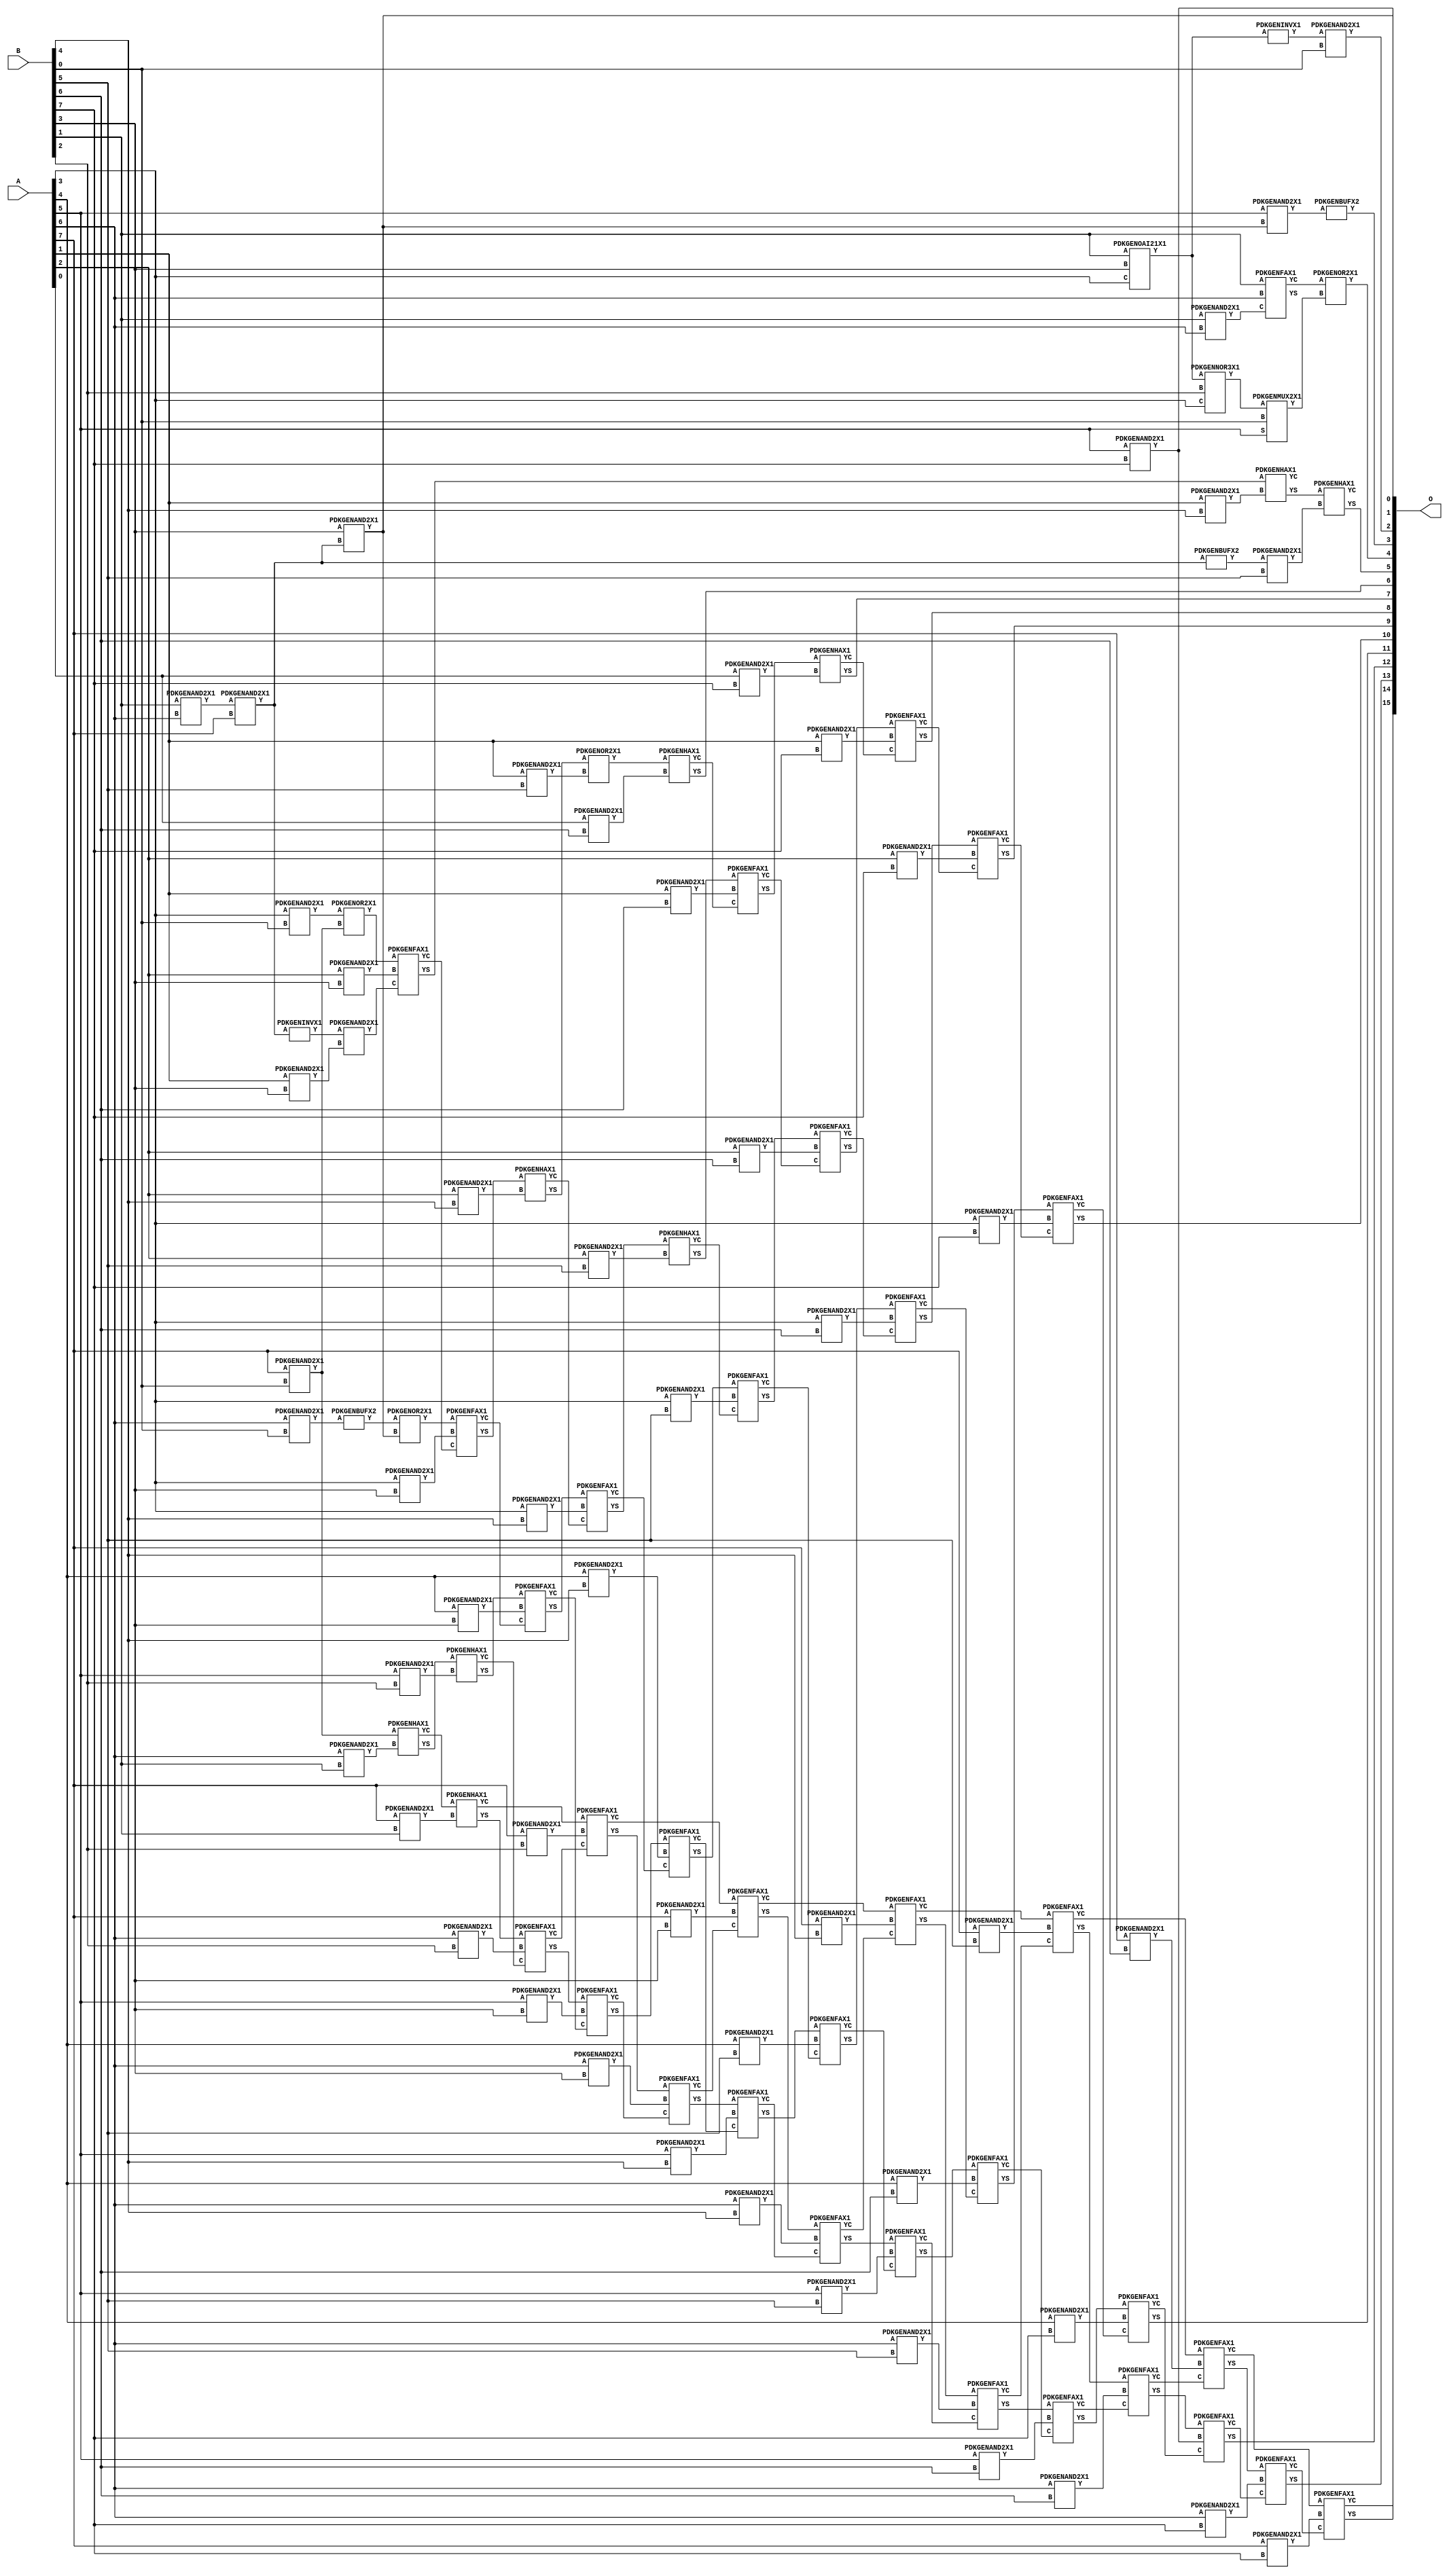
// Library = EvoApprox8b
// Circuit = mul8_170
// Area   (180) = 6743
// Delay  (180) = 4.050
// Power  (180) = 3266.40
// Area   (45) = 489
// Delay  (45) = 1.510
// Power  (45) = 283.50
// Nodes = 107
// HD = 266545
// MAE = 84.28088
// MSE = 12092.25000
// MRE = 2.50 %
// WCE = 437
// WCRE = 300 %
// EP = 95.0 %

module mul8_170(A, B, O);
  input [7:0] A;
  input [7:0] B;
  output [15:0] O;
  wire [2031:0] N;

  assign N[0] = A[0];
  assign N[1] = A[0];
  assign N[2] = A[1];
  assign N[3] = A[1];
  assign N[4] = A[2];
  assign N[5] = A[2];
  assign N[6] = A[3];
  assign N[7] = A[3];
  assign N[8] = A[4];
  assign N[9] = A[4];
  assign N[10] = A[5];
  assign N[11] = A[5];
  assign N[12] = A[6];
  assign N[13] = A[6];
  assign N[14] = A[7];
  assign N[15] = A[7];
  assign N[16] = B[0];
  assign N[17] = B[0];
  assign N[18] = B[1];
  assign N[19] = B[1];
  assign N[20] = B[2];
  assign N[21] = B[2];
  assign N[22] = B[3];
  assign N[23] = B[3];
  assign N[24] = B[4];
  assign N[25] = B[4];
  assign N[26] = B[5];
  assign N[27] = B[5];
  assign N[28] = B[6];
  assign N[29] = B[6];
  assign N[30] = B[7];
  assign N[31] = B[7];

  PDKGENAND2X1 n40(.A(N[18]), .B(N[12]), .Y(N[40]));
  assign N[41] = N[40];
  PDKGENOAI21X1 n44(.A(N[18]), .B(N[22]), .C(N[6]), .Y(N[44]));
  assign N[45] = N[44];
  PDKGENNOR3X1 n46(.A(N[45]), .B(N[20]), .C(N[6]), .Y(N[46]));
  assign N[47] = N[46];
  PDKGENAND2X1 n48(.A(N[18]), .B(N[12]), .Y(N[48]));
  PDKGENAND2X1 n62(.A(N[6]), .B(N[16]), .Y(N[62]));
  assign N[63] = N[62];
  PDKGENAND2X1 n64(.A(N[41]), .B(N[14]), .Y(N[64]));
  assign N[65] = N[64];
  PDKGENINVX1 n66(.A(N[45]), .Y(N[66]));
  assign N[67] = N[66];
  PDKGENFAX1 n72(.A(N[18]), .B(N[12]), .C(N[48]), .YS(N[72]), .YC(N[73]));
  PDKGENAND2X1 n82(.A(N[67]), .B(N[16]), .Y(N[82]));
  assign N[83] = N[82];
  PDKGENMUX2X1 n114(.A(N[47]), .B(N[16]), .S(N[10]), .Y(N[114]));
  PDKGENAND2X1 n132(.A(N[12]), .B(N[16]), .Y(N[132]));
  PDKGENAND2X1 n148(.A(N[14]), .B(N[16]), .Y(N[148]));
  PDKGENAND2X1 n182(.A(N[22]), .B(N[64]), .Y(N[182]));
  PDKGENBUFX2 n200(.A(N[65]), .Y(N[200]));
  assign N[201] = N[200];
  PDKGENOR2X1 n220(.A(N[73]), .B(N[114]), .Y(N[220]));
  assign N[221] = N[220];
  PDKGENAND2X1 n248(.A(N[10]), .B(N[182]), .Y(N[248]));
  assign N[249] = N[248];
  PDKGENAND2X1 n264(.A(N[12]), .B(N[18]), .Y(N[264]));
  PDKGENAND2X1 n282(.A(N[14]), .B(N[18]), .Y(N[282]));
  PDKGENBUFX2 n382(.A(N[132]), .Y(N[382]));
  PDKGENHAX1 n398(.A(N[148]), .B(N[264]), .YS(N[398]), .YC(N[399]));
  PDKGENHAX1 n414(.A(N[399]), .B(N[282]), .YS(N[414]), .YC(N[415]));
  PDKGENAND2X1 n514(.A(N[10]), .B(N[20]), .Y(N[514]));
  PDKGENAND2X1 n532(.A(N[12]), .B(N[20]), .Y(N[532]));
  PDKGENAND2X1 n548(.A(N[14]), .B(N[20]), .Y(N[548]));
  PDKGENOR2X1 n614(.A(N[63]), .B(N[148]), .Y(N[614]));
  PDKGENOR2X1 n632(.A(N[382]), .B(N[182]), .Y(N[632]));
  PDKGENHAX1 n648(.A(N[398]), .B(N[514]), .YS(N[648]), .YC(N[649]));
  PDKGENFAX1 n664(.A(N[414]), .B(N[532]), .C(N[649]), .YS(N[664]), .YC(N[665]));
  PDKGENFAX1 n682(.A(N[415]), .B(N[548]), .C(N[665]), .YS(N[682]), .YC(N[683]));
  PDKGENAND2X1 n714(.A(N[2]), .B(N[22]), .Y(N[714]));
  PDKGENAND2X1 n732(.A(N[4]), .B(N[22]), .Y(N[732]));
  PDKGENAND2X1 n748(.A(N[6]), .B(N[22]), .Y(N[748]));
  PDKGENAND2X1 n764(.A(N[8]), .B(N[22]), .Y(N[764]));
  PDKGENINVX1 n776(.A(N[65]), .Y(N[776]));
  assign N[777] = N[776];
  PDKGENAND2X1 n782(.A(N[10]), .B(N[22]), .Y(N[782]));
  PDKGENAND2X1 n798(.A(N[12]), .B(N[22]), .Y(N[798]));
  PDKGENAND2X1 n814(.A(N[14]), .B(N[22]), .Y(N[814]));
  PDKGENBUFX2 n832(.A(N[249]), .Y(N[832]));
  PDKGENAND2X1 n848(.A(N[777]), .B(N[714]), .Y(N[848]));
  assign N[849] = N[848];
  PDKGENFAX1 n864(.A(N[614]), .B(N[732]), .C(N[849]), .YS(N[864]), .YC(N[865]));
  PDKGENFAX1 n882(.A(N[632]), .B(N[748]), .C(N[865]), .YS(N[882]), .YC(N[883]));
  PDKGENFAX1 n898(.A(N[648]), .B(N[764]), .C(N[883]), .YS(N[898]), .YC(N[899]));
  PDKGENFAX1 n914(.A(N[664]), .B(N[782]), .C(N[899]), .YS(N[914]), .YC(N[915]));
  PDKGENFAX1 n932(.A(N[682]), .B(N[798]), .C(N[915]), .YS(N[932]), .YC(N[933]));
  PDKGENFAX1 n948(.A(N[683]), .B(N[814]), .C(N[933]), .YS(N[948]), .YC(N[949]));
  PDKGENAND2X1 n982(.A(N[2]), .B(N[24]), .Y(N[982]));
  PDKGENAND2X1 n998(.A(N[4]), .B(N[24]), .Y(N[998]));
  PDKGENAND2X1 n1014(.A(N[6]), .B(N[24]), .Y(N[1014]));
  PDKGENAND2X1 n1032(.A(N[8]), .B(N[24]), .Y(N[1032]));
  PDKGENAND2X1 n1048(.A(N[10]), .B(N[24]), .Y(N[1048]));
  PDKGENAND2X1 n1064(.A(N[12]), .B(N[24]), .Y(N[1064]));
  PDKGENAND2X1 n1082(.A(N[14]), .B(N[24]), .Y(N[1082]));
  PDKGENHAX1 n1114(.A(N[864]), .B(N[982]), .YS(N[1114]), .YC(N[1115]));
  PDKGENHAX1 n1132(.A(N[882]), .B(N[998]), .YS(N[1132]), .YC(N[1133]));
  PDKGENFAX1 n1148(.A(N[898]), .B(N[1014]), .C(N[1133]), .YS(N[1148]), .YC(N[1149]));
  PDKGENFAX1 n1164(.A(N[914]), .B(N[1032]), .C(N[1149]), .YS(N[1164]), .YC(N[1165]));
  PDKGENFAX1 n1182(.A(N[932]), .B(N[1048]), .C(N[1165]), .YS(N[1182]), .YC(N[1183]));
  PDKGENFAX1 n1198(.A(N[948]), .B(N[1064]), .C(N[1183]), .YS(N[1198]), .YC(N[1199]));
  PDKGENFAX1 n1214(.A(N[949]), .B(N[1082]), .C(N[1199]), .YS(N[1214]), .YC(N[1215]));
  PDKGENAND2X1 n1232(.A(N[201]), .B(N[26]), .Y(N[1232]));
  PDKGENAND2X1 n1248(.A(N[2]), .B(N[26]), .Y(N[1248]));
  PDKGENAND2X1 n1264(.A(N[4]), .B(N[26]), .Y(N[1264]));
  PDKGENAND2X1 n1282(.A(N[6]), .B(N[26]), .Y(N[1282]));
  PDKGENAND2X1 n1298(.A(N[8]), .B(N[26]), .Y(N[1298]));
  PDKGENAND2X1 n1314(.A(N[10]), .B(N[26]), .Y(N[1314]));
  PDKGENAND2X1 n1332(.A(N[12]), .B(N[26]), .Y(N[1332]));
  PDKGENAND2X1 n1348(.A(N[14]), .B(N[26]), .Y(N[1348]));
  PDKGENHAX1 n1364(.A(N[1114]), .B(N[1232]), .YS(N[1364]), .YC(N[1365]));
  PDKGENOR2X1 n1382(.A(N[1132]), .B(N[1248]), .Y(N[1382]));
  PDKGENHAX1 n1398(.A(N[1148]), .B(N[1264]), .YS(N[1398]), .YC(N[1399]));
  PDKGENFAX1 n1414(.A(N[1164]), .B(N[1282]), .C(N[1399]), .YS(N[1414]), .YC(N[1415]));
  PDKGENFAX1 n1432(.A(N[1182]), .B(N[1298]), .C(N[1415]), .YS(N[1432]), .YC(N[1433]));
  PDKGENFAX1 n1448(.A(N[1198]), .B(N[1314]), .C(N[1433]), .YS(N[1448]), .YC(N[1449]));
  PDKGENFAX1 n1464(.A(N[1214]), .B(N[1332]), .C(N[1449]), .YS(N[1464]), .YC(N[1465]));
  PDKGENFAX1 n1482(.A(N[1215]), .B(N[1348]), .C(N[1465]), .YS(N[1482]), .YC(N[1483]));
  PDKGENAND2X1 n1498(.A(N[0]), .B(N[28]), .Y(N[1498]));
  PDKGENAND2X1 n1514(.A(N[2]), .B(N[28]), .Y(N[1514]));
  PDKGENAND2X1 n1532(.A(N[4]), .B(N[28]), .Y(N[1532]));
  PDKGENAND2X1 n1548(.A(N[6]), .B(N[28]), .Y(N[1548]));
  PDKGENAND2X1 n1564(.A(N[8]), .B(N[28]), .Y(N[1564]));
  PDKGENAND2X1 n1582(.A(N[10]), .B(N[28]), .Y(N[1582]));
  PDKGENAND2X1 n1598(.A(N[12]), .B(N[28]), .Y(N[1598]));
  PDKGENAND2X1 n1614(.A(N[14]), .B(N[28]), .Y(N[1614]));
  PDKGENHAX1 n1632(.A(N[1382]), .B(N[1498]), .YS(N[1632]), .YC(N[1633]));
  PDKGENFAX1 n1648(.A(N[1398]), .B(N[1514]), .C(N[1633]), .YS(N[1648]), .YC(N[1649]));
  PDKGENFAX1 n1664(.A(N[1414]), .B(N[1532]), .C(N[1649]), .YS(N[1664]), .YC(N[1665]));
  PDKGENFAX1 n1682(.A(N[1432]), .B(N[1548]), .C(N[1665]), .YS(N[1682]), .YC(N[1683]));
  PDKGENFAX1 n1698(.A(N[1448]), .B(N[1564]), .C(N[1683]), .YS(N[1698]), .YC(N[1699]));
  PDKGENFAX1 n1714(.A(N[1464]), .B(N[1582]), .C(N[1699]), .YS(N[1714]), .YC(N[1715]));
  PDKGENFAX1 n1732(.A(N[1482]), .B(N[1598]), .C(N[1715]), .YS(N[1732]), .YC(N[1733]));
  PDKGENFAX1 n1748(.A(N[1483]), .B(N[1614]), .C(N[1733]), .YS(N[1748]), .YC(N[1749]));
  PDKGENAND2X1 n1764(.A(N[0]), .B(N[30]), .Y(N[1764]));
  PDKGENAND2X1 n1782(.A(N[2]), .B(N[30]), .Y(N[1782]));
  PDKGENAND2X1 n1798(.A(N[4]), .B(N[30]), .Y(N[1798]));
  PDKGENAND2X1 n1814(.A(N[6]), .B(N[30]), .Y(N[1814]));
  PDKGENAND2X1 n1832(.A(N[8]), .B(N[30]), .Y(N[1832]));
  PDKGENAND2X1 n1848(.A(N[10]), .B(N[30]), .Y(N[1848]));
  assign N[1849] = N[1848];
  PDKGENAND2X1 n1864(.A(N[12]), .B(N[30]), .Y(N[1864]));
  PDKGENAND2X1 n1882(.A(N[14]), .B(N[30]), .Y(N[1882]));
  PDKGENHAX1 n1898(.A(N[1648]), .B(N[1764]), .YS(N[1898]), .YC(N[1899]));
  PDKGENFAX1 n1914(.A(N[1664]), .B(N[1782]), .C(N[1899]), .YS(N[1914]), .YC(N[1915]));
  PDKGENFAX1 n1932(.A(N[1682]), .B(N[1798]), .C(N[1915]), .YS(N[1932]), .YC(N[1933]));
  PDKGENFAX1 n1948(.A(N[1698]), .B(N[1814]), .C(N[1933]), .YS(N[1948]), .YC(N[1949]));
  PDKGENFAX1 n1964(.A(N[1714]), .B(N[1832]), .C(N[1949]), .YS(N[1964]), .YC(N[1965]));
  PDKGENFAX1 n1982(.A(N[1732]), .B(N[1848]), .C(N[1965]), .YS(N[1982]), .YC(N[1983]));
  PDKGENFAX1 n1998(.A(N[1748]), .B(N[1864]), .C(N[1983]), .YS(N[1998]), .YC(N[1999]));
  PDKGENFAX1 n2014(.A(N[1749]), .B(N[1882]), .C(N[1999]), .YS(N[2014]), .YC(N[2015]));

  assign O[0] = N[1849];
  assign O[1] = N[182];
  assign O[2] = N[83];
  assign O[3] = N[832];
  assign O[4] = N[221];
  assign O[5] = N[1364];
  assign O[6] = N[1632];
  assign O[7] = N[1898];
  assign O[8] = N[1914];
  assign O[9] = N[1932];
  assign O[10] = N[1948];
  assign O[11] = N[1964];
  assign O[12] = N[1982];
  assign O[13] = N[1998];
  assign O[14] = N[2014];
  assign O[15] = N[2015];

endmodule
/* mod */
module PDKGENOAI21X1( input A, input B, input C, output Y );
    assign Y = ~((A | B) & C);
endmodule
/* mod */
module PDKGENMUX2X1( input A, input B, input S, output Y );
    assign Y = (A & ~S) | (B & S);
endmodule
/* mod */
module PDKGENHAX1( input A, input B, output YS, output YC );
    assign YS = A ^ B;
    assign YC = A & B;
endmodule
/* mod */
module PDKGENNOR3X1(input A, input B, input C, output Y );
     assign Y = ~((A | B) | C);
endmodule
/* mod */
module PDKGENAND2X1(input A, input B, output Y );
     assign Y = A & B;
endmodule
/* mod */
module PDKGENINVX1(input A, output Y );
     assign Y = ~A;
endmodule
/* mod */
module PDKGENFAX1( input A, input B, input C, output YS, output YC );
    assign YS = (A ^ B) ^ C;
    assign YC = (A & B) | (B & C) | (A & C);
endmodule
/* mod */
module PDKGENBUFX2(input A, output Y );
     assign Y = A;
endmodule
/* mod */
module PDKGENOR2X1(input A, input B, output Y );
     assign Y = A | B;
endmodule